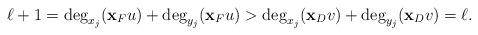
LaTeX: \begin{align*}\ell+1=\deg_{x_j}({\bf x}_Fu)+\deg_{y_j}({\bf x}_Fu)>\deg_{x_j}({\bf x}_Dv)+\deg_{y_j}({\bf x}_Dv)=\ell.\end{align*}